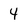
Character: 4